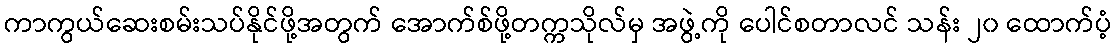
ကာကွယ်ဆေးစမ်းသပ်နိုင်ဖို့အတွက် အောက်စ်ဖို့တက္ကသိုလ်မှ အဖွဲ့ကို ပေါင်စတာလင် သန်း ၂၀ ထောက်ပံ့